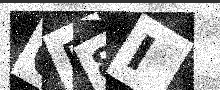
Text: QP8I